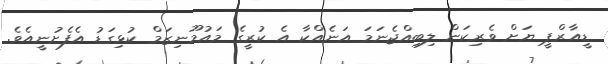
ޑީއާރްޕީ ޔަށް ވެރިކަން ލިބިއްޖެނަމަ އަނެއްކާ އެ ކުރީގެ މައުމޫނިޒަމް ކުޅިގަޑު އެފެށުނީއެވެ.